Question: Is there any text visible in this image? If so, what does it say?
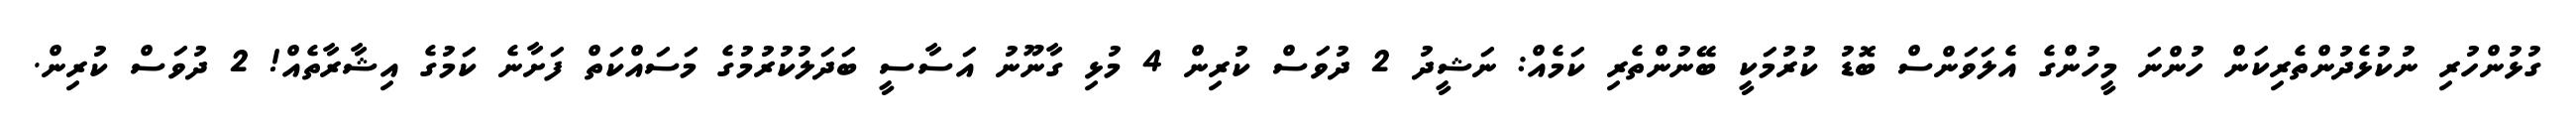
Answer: ގުޅުންހުރި ނުކުޅެދުންތެރިކަން ހުންނަ މީހުންގެ އެލަވަންސް ބޮޑު ކުރުމަކީ ބޭނުންތެރި ކަމެއް: ނަޝީދު 2 ދުވަސް ކުރިން 4 މުޅި ގާނޫނު އަސާސީ ބަދަލުކުރުމުގެ މަސައްކަތް ފަށާނެ ކަމުގެ އިޝާރާތެއް! 2 ދުވަސް ކުރިން.